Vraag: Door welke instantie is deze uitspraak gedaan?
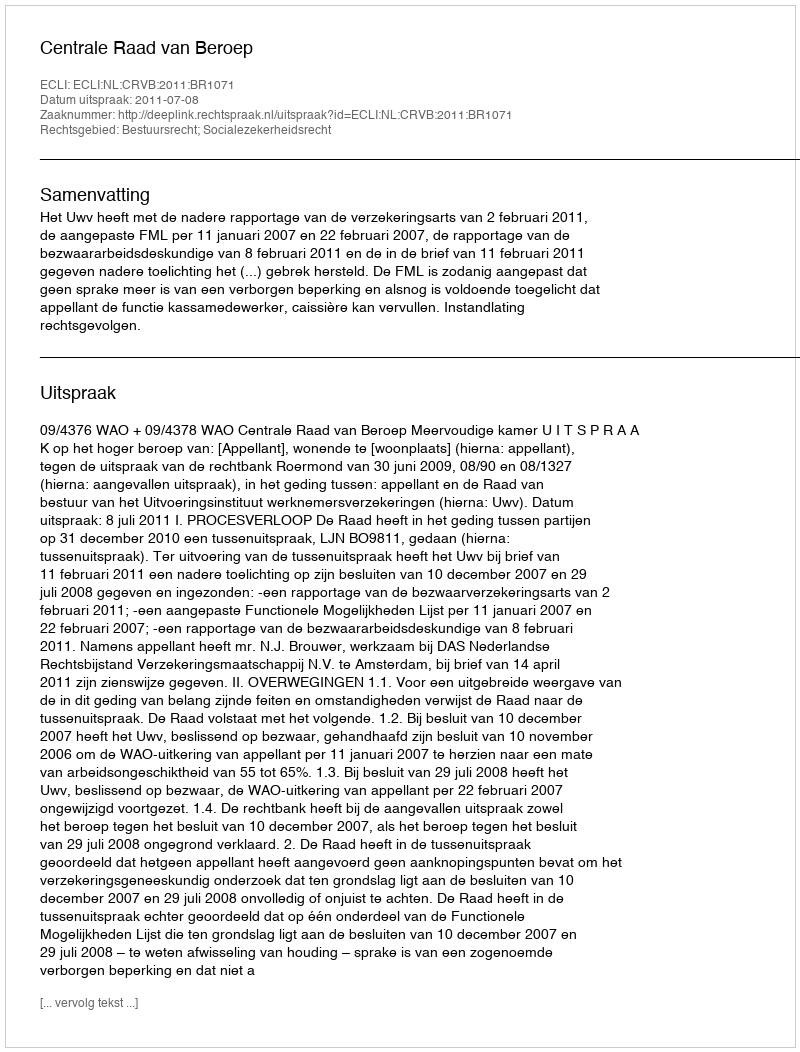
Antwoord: Centrale Raad van Beroep